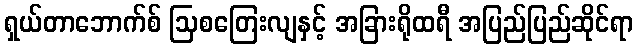
ရှယ်တာဘောက်စ် ဩစတြေးလျနှင့် အခြားရိုထရီ အပြည်ပြည်ဆိုင်ရာ